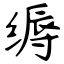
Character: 缛